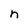
Character: n